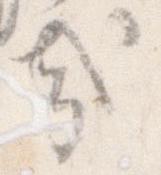
哉